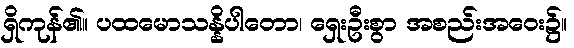
ရှိကုန်၏။ ပထမောသန္နိပါတော၊ ရှေးဦးစွာ အစည်းအဝေး၌။